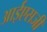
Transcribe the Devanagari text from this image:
आईएसजी